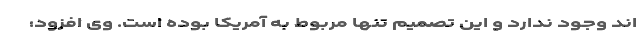
اند وجود ندارد و این تصمیم تنها مربوط به آمریکا بوده است. وی افزود: